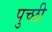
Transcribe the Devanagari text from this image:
पुच्छी